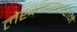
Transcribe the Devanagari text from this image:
लेखनप्रकाराने